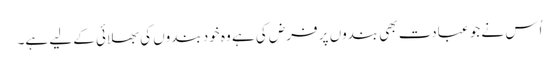
اُس نے جو عبادت بھی بندوں پر فرض کی ہے وہ خود بندوں کی بھلائی کے لیے ہے۔